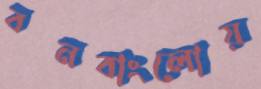
বনবাংলোয়